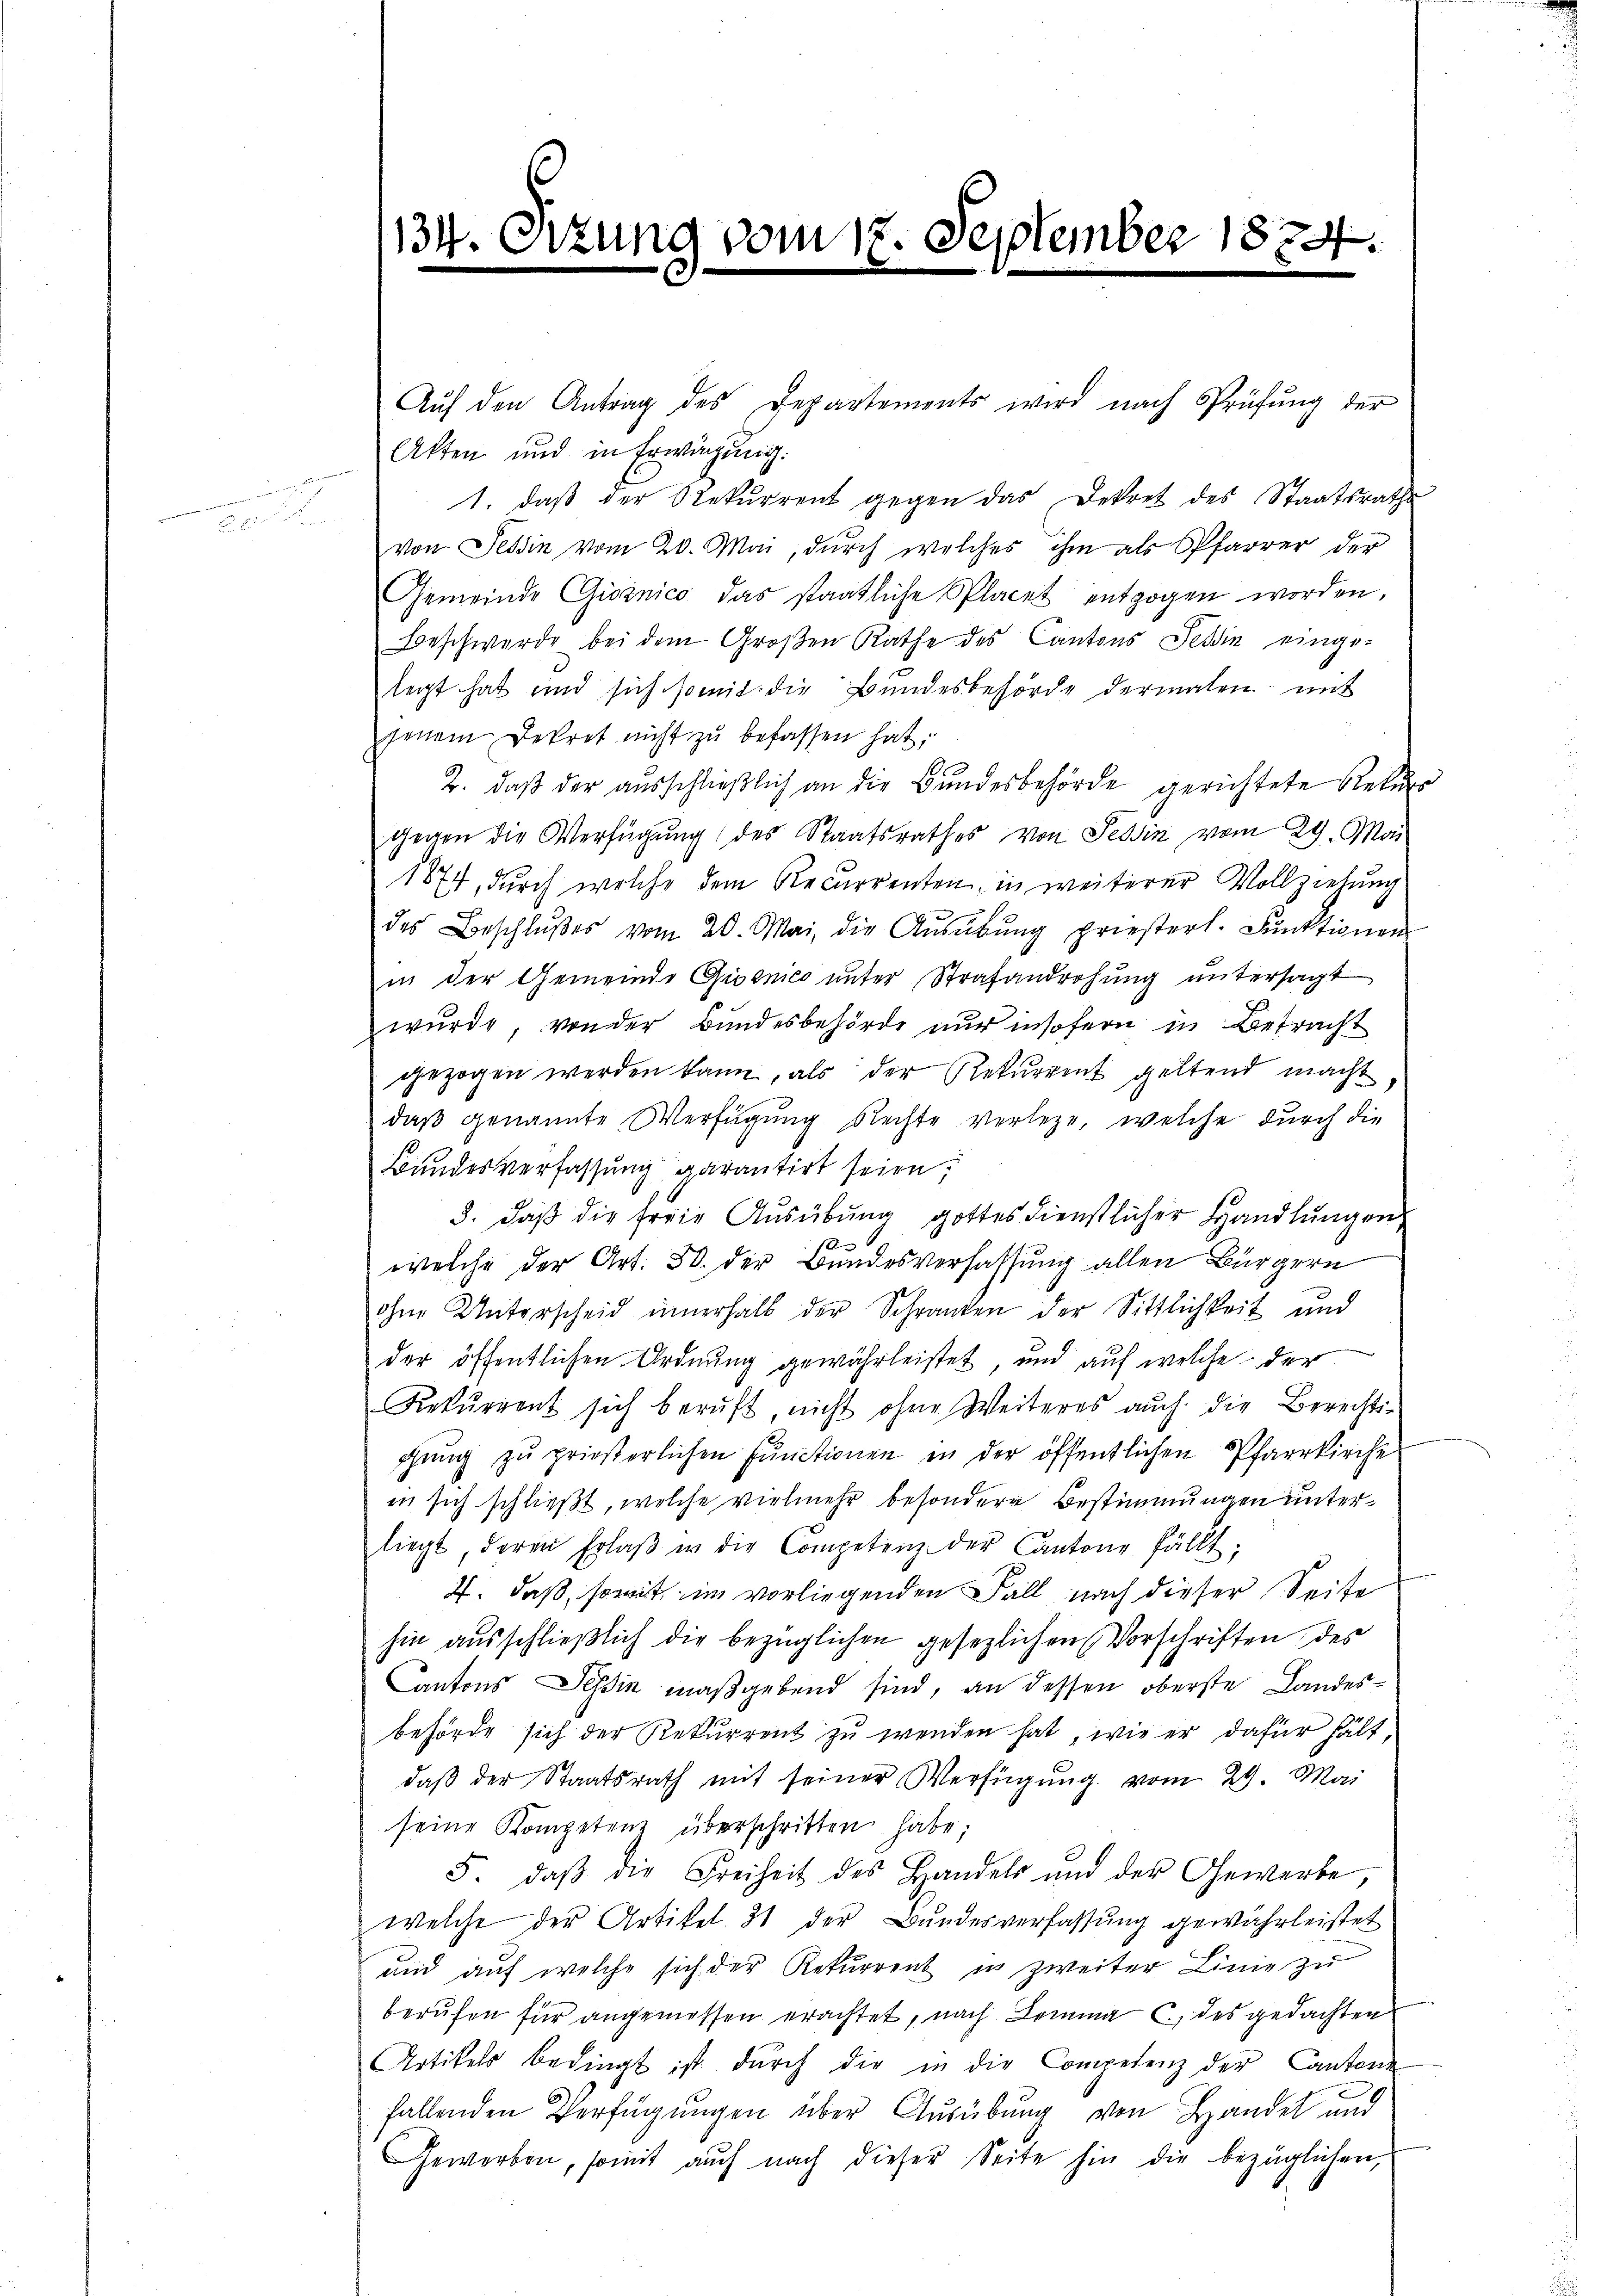
134. Sizung vom 17. September 1874.

Auf den Antrag des Departements wird nach Prüfung der
Akten und in Erwägŭng:
1. daß der Rekurrent gegen das Dekret des Staatsrathe
von Tessin vom 20. Mai, durch welches ihm als Pfarrer der
Gemeinde Gissnico das staatliche Placet entzogen worden,
Beschwerde bei dem Großen Rathe des Cantons Feldin eingelegt hat und sich somit die Bundesbehörde dermalen mit
jenem Dekret nicht zŭ befassen hat;
2. daβ der aŭsschließlich an die Bundesbehörde gerichtete Rekurs
gegen die Verfügung des Staatsrathes von Tessin vom 29. Mai
1874, durch welche dem Recurrenten, in weiterer Vollziehung
des Beschlŭβes vom 20. Mai, die Aŭsübŭng priesterl. Funktionen
in der Gemeinde Gisnico unter Strafandrohŭng untersagt
wurde, von der Bandesbehörde nur insofern in Betracht
gezogen werden kann, als der Rekurrent geltend macht
daß genannte Verfügung Rechte verleze, welche durch die
Bundesverfassung garantirt seien;
3. daß die freie Ausübung gottesdienstlicher Handlungen
welche der Art. 30. der Bundesverfassung allen Bürgern
ohne Unterscheid innerhalb der Schranken der Sittlichkeit und
der öffentlichen Ordnung gewährleistet, und auf welche der
Rekŭrrent sich beruft, nicht ohne Weiteres auch die Berechtigŭng zŭ prießerlichen Functionen in der öffentlichen Pfarrkirche
in sich schließt, welche vielmehr besondere Bestimmungen unterliegt, deren Erlaβ u die Competenz der Cantone fällt;
4. daß, somit im vorliegenden Fall nach dieser Seite
hin ausschließlich die bezüglichen gesezlichen Vorschriften des
Cantons Tessin maßgebend sind, an dessen oberste Landesbehörde sich der Rekurrent zu wenden hat, wie er dafür hält,
daβ der Staatsrath mit seiner Verfügŭng vom 29. Mai
seine Kompetenz überschritten habe;
5. daβ die Freiheit des Handels und der Gewerbe,
welche der Artikel 31 der Bundesverfassung gewährleistet
und auf welche sich der Rekurrent in zweiter Linie zu
berufen für angemessen erachtet, nach Lemma c., des gedachten
Artikels bedingt ist dŭrch die in die Competenz der Cantone
fallenden Verfügungen über Ausübung von Handel und
Geworben, somit auch nach dieser Seite hin die bezüglichen,